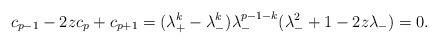
LaTeX: \begin{align*} c_{p-1} - 2z c_{p} + c_{p+1} & = (\lambda_{+}^{k} - \lambda_{-}^{k})\lambda_{-}^{p-1-k}(\lambda_{-}^{2} + 1 - 2z \lambda_{-}) = 0.\end{align*}